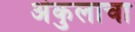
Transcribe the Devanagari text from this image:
अंकुलाचा